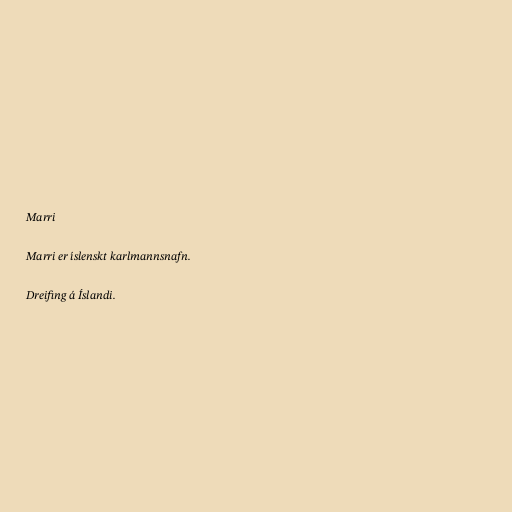
Marri

Marri er íslenskt karlmannsnafn.

Dreifing á Íslandi.